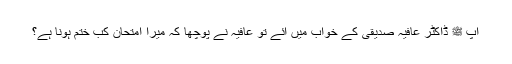
آپ ﷺ ڈاکٹر عافیہ صدیقی کے خواب میں آئے تو عافیہ نے پوچھا کہ میرا امتحان کب ختم ہونا ہے؟